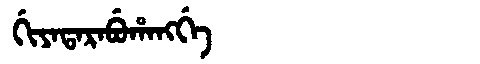
Manchu: ᡤᡳᠶᠠᡨᠠᡵᠠᠪᡠᡥᠠᠩᡤᡝ
Romanization: GIYATARABUHANGGE